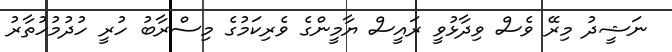
ނަޝީދު މިރޭ ވެސް ވިދާޅުވީ ރައީސް ޔާމީންގެ ވެރިކަމުގެ މިސްރާބު ހުރީ ހުދުުމުހުތާރު